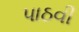
પાઠવી